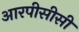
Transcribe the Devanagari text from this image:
आरपीसीसी